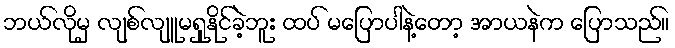
ဘယ်လိုမှ လျစ်လျူမရှုနိုင်ခဲ့ဘူး ထပ် မပြောပါနဲ့တော့ အာယနဲက ပြောသည်။